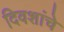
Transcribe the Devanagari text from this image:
दिवशांचे